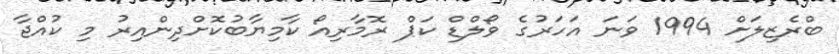
ބްރެޒިލަށް 1994 ވަނަ އަހަރުގެ ވޯލްޑް ކަޕް ރޮމާރިއޯ ކާމިޔާބުކޮށްދިންއިރު މި ކުއްޖާ